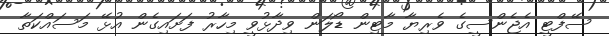
ސޭފްޓީ އެޖެންސީގެ ވެރިޔާ މާޓިން ޑޯލަން ވިދާޅުވީ މިހާރު ފަށައިގެން އުޅޭ މަސައްކަތާ